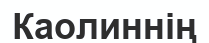
Каолиннің